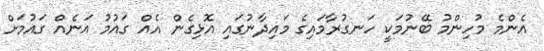
އެންމެ މުހިންމު ބޭނުމަކީ ހަނގުރާމައިގެ މައިދާނުގައި އޮޅިގެން އެއް ގައުމު އަނެއް ގައުމަށް